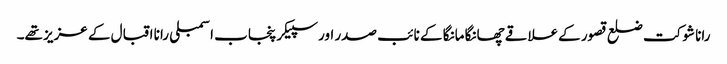
رانا شوکت ضلع قصور کےعلاقے چھانگا مانگا کے نائب صدر اور سپیکر پنجاب اسمبلی رانا اقبال کے عزیز تھے۔